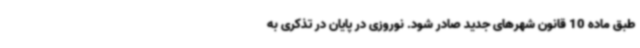
طبق ماده 10 قانون شهرهای جدید صادر شود. نوروزی در پایان در تذکری به